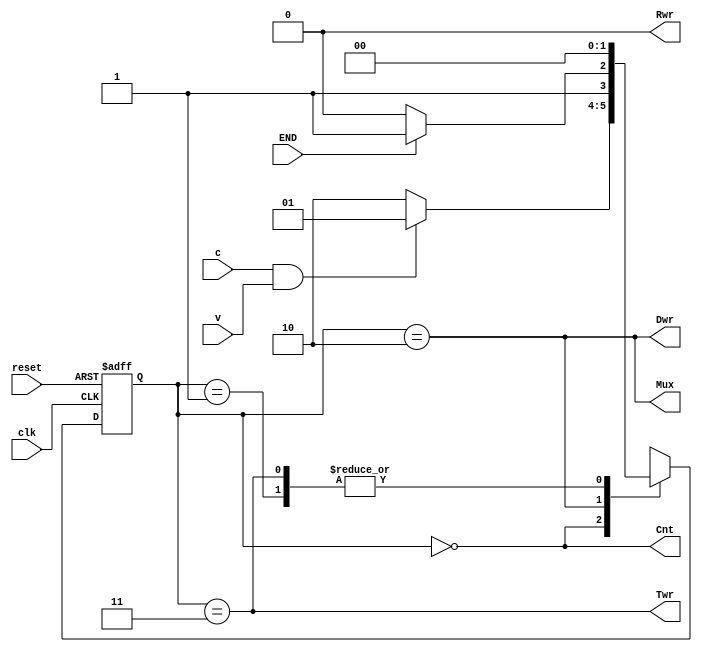
module fsm(
  input wire clk, reset, c, v, END, 
  output reg Twr, Dwr, Rwr, Cnt, Mux);

reg [1:0] state;

parameter ReadTag = 2'b00, ReadData = 2'b01, ReadBlk = 2'b10, UpdateTag = 2'b11;

/* State register (synchronous reset) */
always @(posedge clk or posedge reset) 
begin
  if (reset) 
    state <= ReadTag;
  else 
    case (state)
    ReadTag: 
      if (c && v)  state <= ReadData;
      else state <= ReadBlk;

    ReadData: 
      state <= ReadTag;
    
    ReadBlk: 
      if (END) state <= UpdateTag;
      else     state <= ReadBlk;
    
    UpdateTag: 
      state <= ReadTag;
    
  endcase
end

/* Output logic */
always @(*) begin
  Cnt = (state == ReadTag); 
  Twr = (state == UpdateTag);
  Dwr = (state == ReadBlk);
  Rwr = 0; 
  Mux = (state == ReadBlk);
end

endmodule